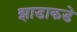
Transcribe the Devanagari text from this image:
झाडाकडे